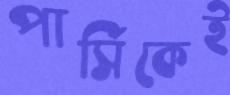
পার্সিকেই